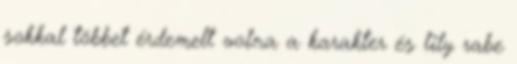
sokkal többet érdemelt volna a karakter és lily rabe